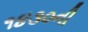
૧૪૩૦ની